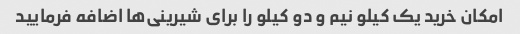
امکان خرید یک کیلو نیم و دو کیلو را برای شیرینی‌ها اضافه فرمایید